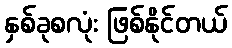
နှစ်ခုစလုံး ဖြစ်နိုင်တယ်